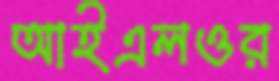
আইএলওর